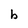
Character: b